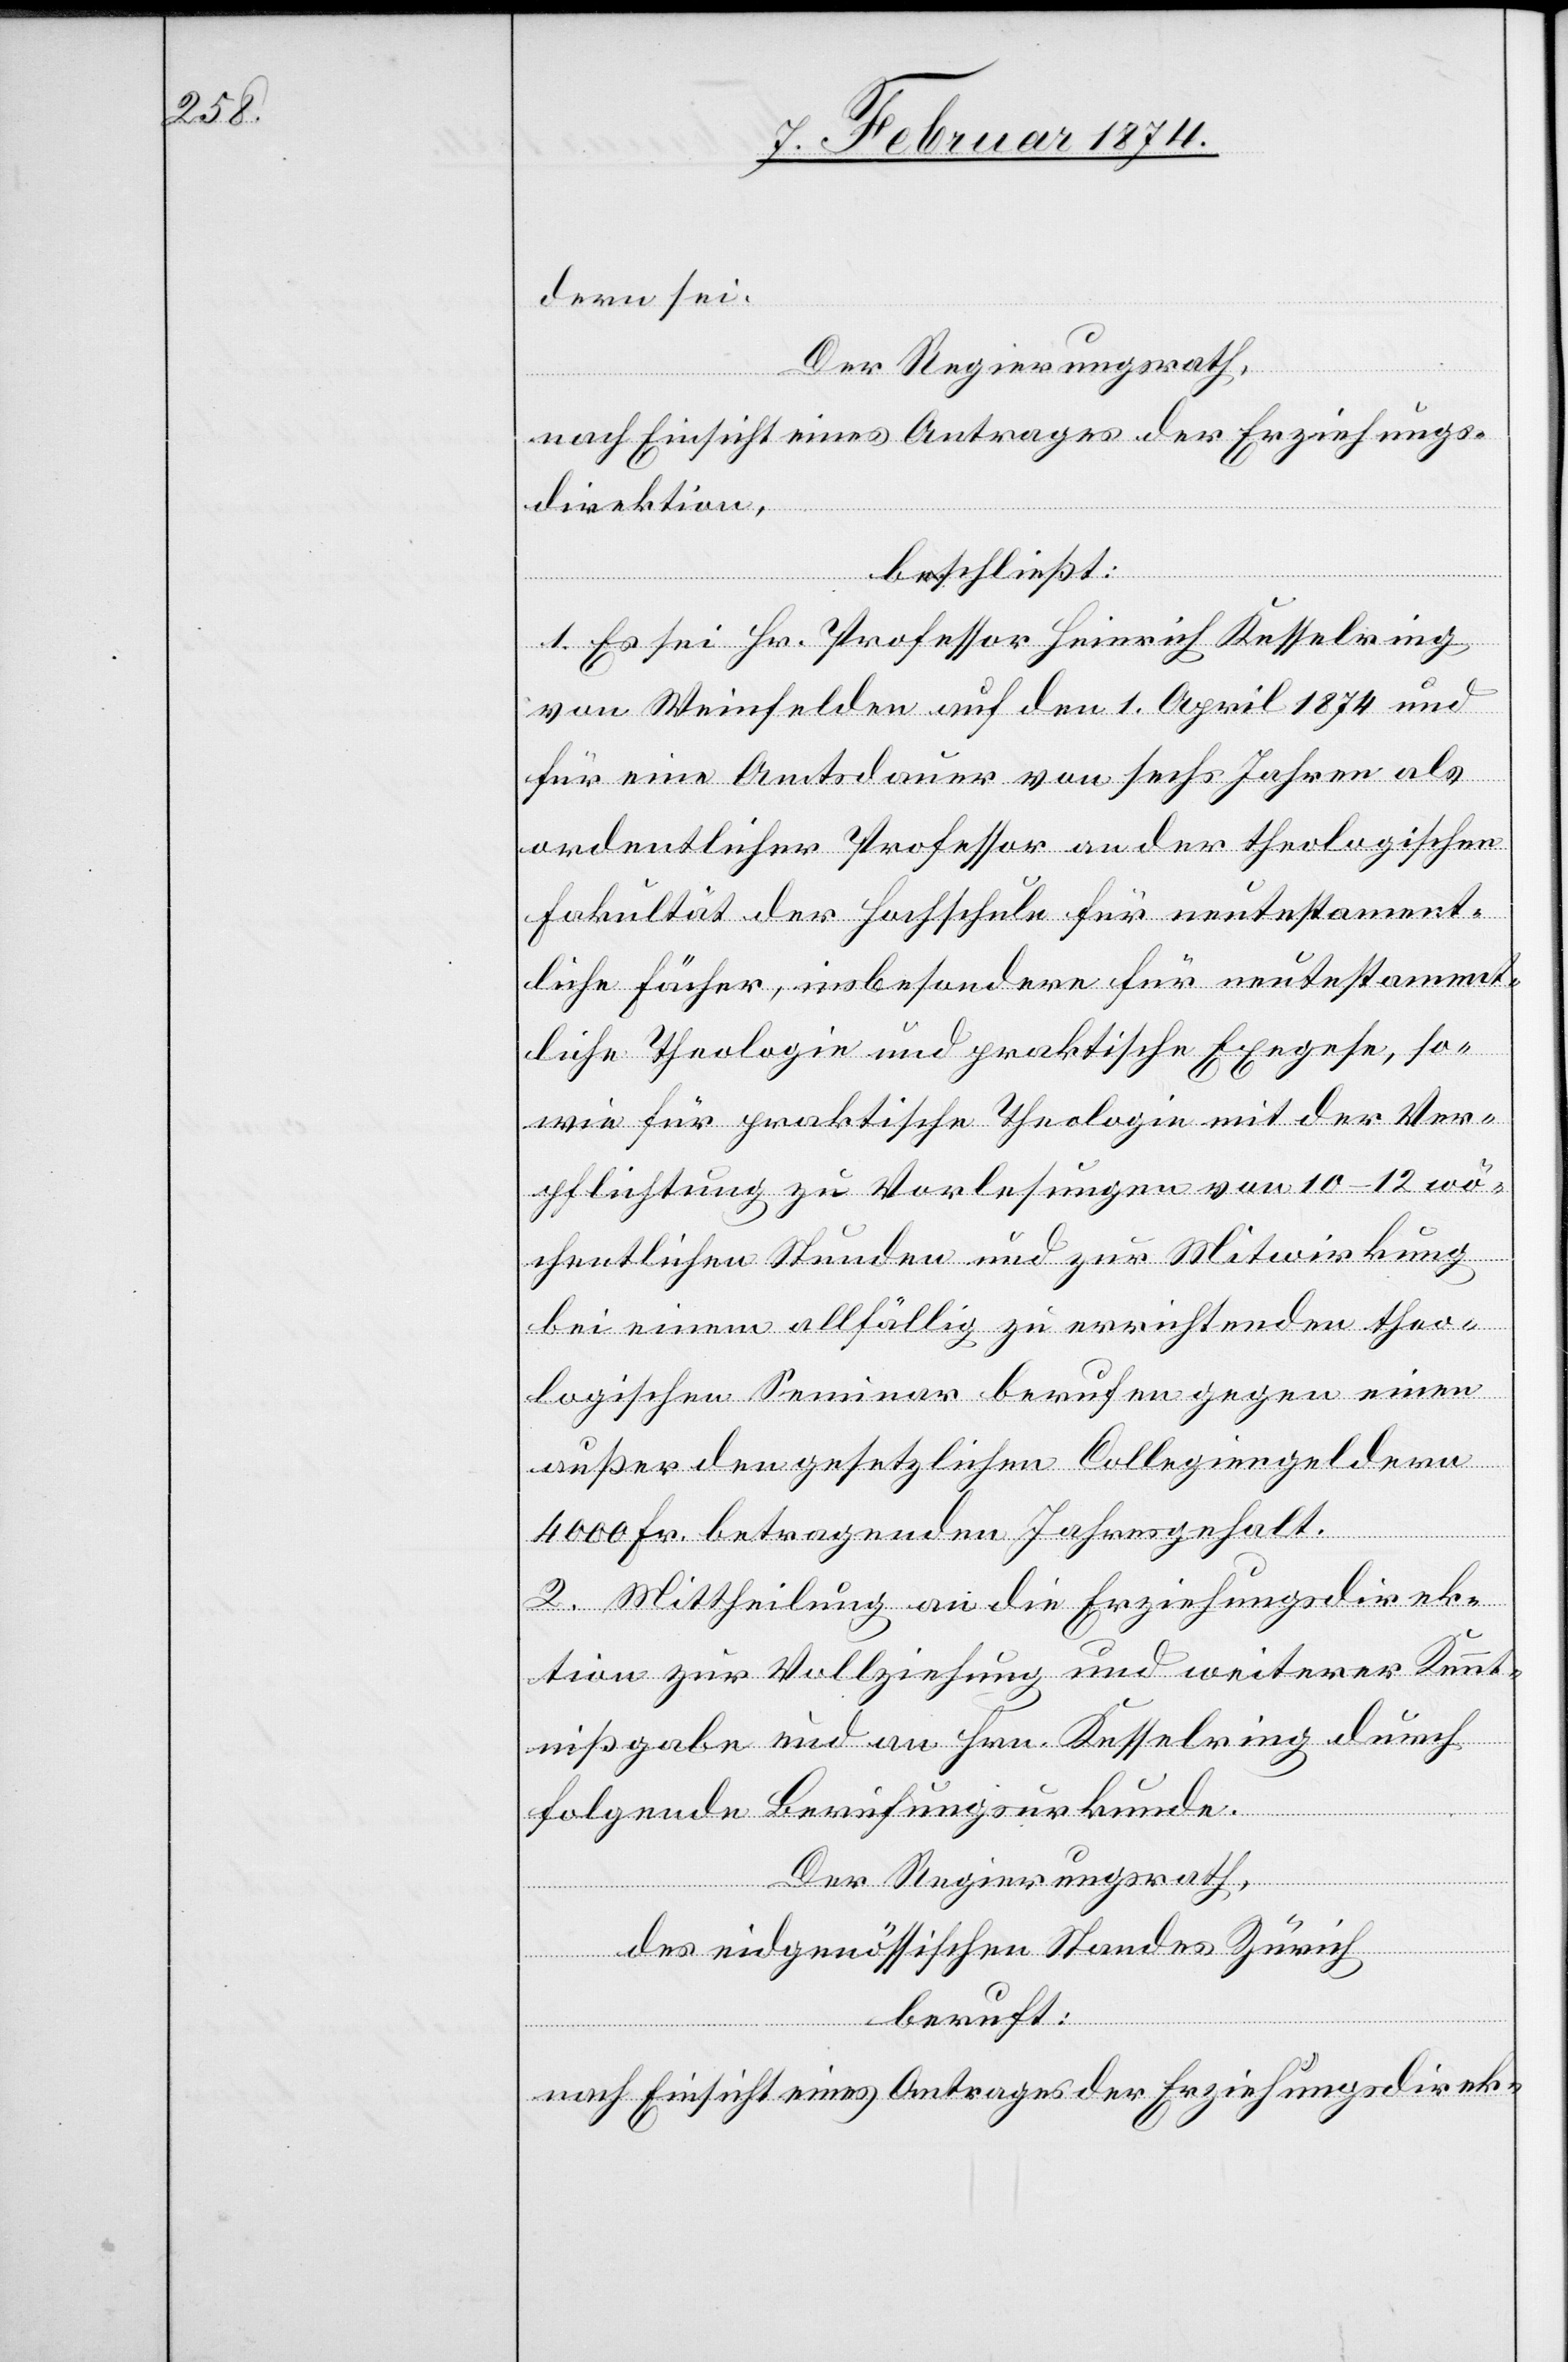
dern sei.
Der Regierungsrath,
nach Einsicht eines Antrages der Erziehungs¬
direktion,
beschließt:
1. Es sei Hr. Professor Heinrich Kesselring
von Weinfelden auf den 1. April 1874 und
für eine Amtsdauer von sechs Jahren als
ordentlicher Professor an der theologischen
Fakultät der Fachschule für neutestament¬
liche Fächer, insbesondere für neutestament¬
liche Theologie und praktische Exegese, so¬
wie für praktische Theologie mit der Ver¬
pflichtung zu Vorlesungen von 10–12 wö¬
chentlichen Stunden und zur Mitwirkung
bei einem allfällig zu errichtenden theo¬
logischen Seminar berufen gegen einen
außer den gesetzlichen Collegiengeldern
4000 Fr. betragenden Jahresgehalt.
2. Mittheilung an die Erziehungsdirek¬
tion zur Vollziehung und weiterer Kennt¬
nißgabe und an Hrn. Kesselring durch
folgende Berufungsurkunde.
Der Regierungsrath,
des eidgenössischen Standes Zürich
beruft:
nach Einsicht eines Antrages der Erziehungsdirek-